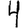
Digit: 4